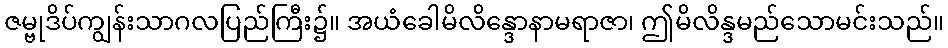
ဇမ္ဗုဒိပ်ကျွန်းသာဂလပြည်ကြီး၌။ အယံခေါမိလိန္ဒောနာမရာဇာ၊ ဤမိလိန္ဒမည်သောမင်းသည်။